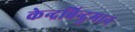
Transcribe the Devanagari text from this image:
केन्द्रबिन्दुमान